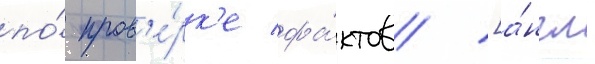
по́ пров'е́рк'е фа́ктов [а́нгл.